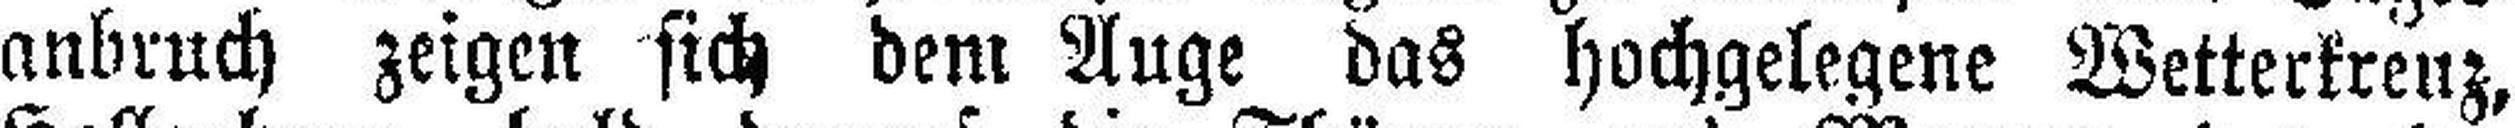
anbruch zeigen sich dem Auge das hochgelegene Wetterkreuz,